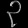
Digit: ၃